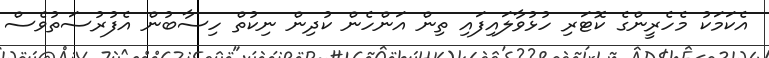
އެކަމަކު މެހެރީންގެ ކޮޓަރި ހުޅުވާލައިފައި ތިން އަންހެން ކުދިން ނިކުތް ހިސާބުން އެފުރުސަތުވެސް